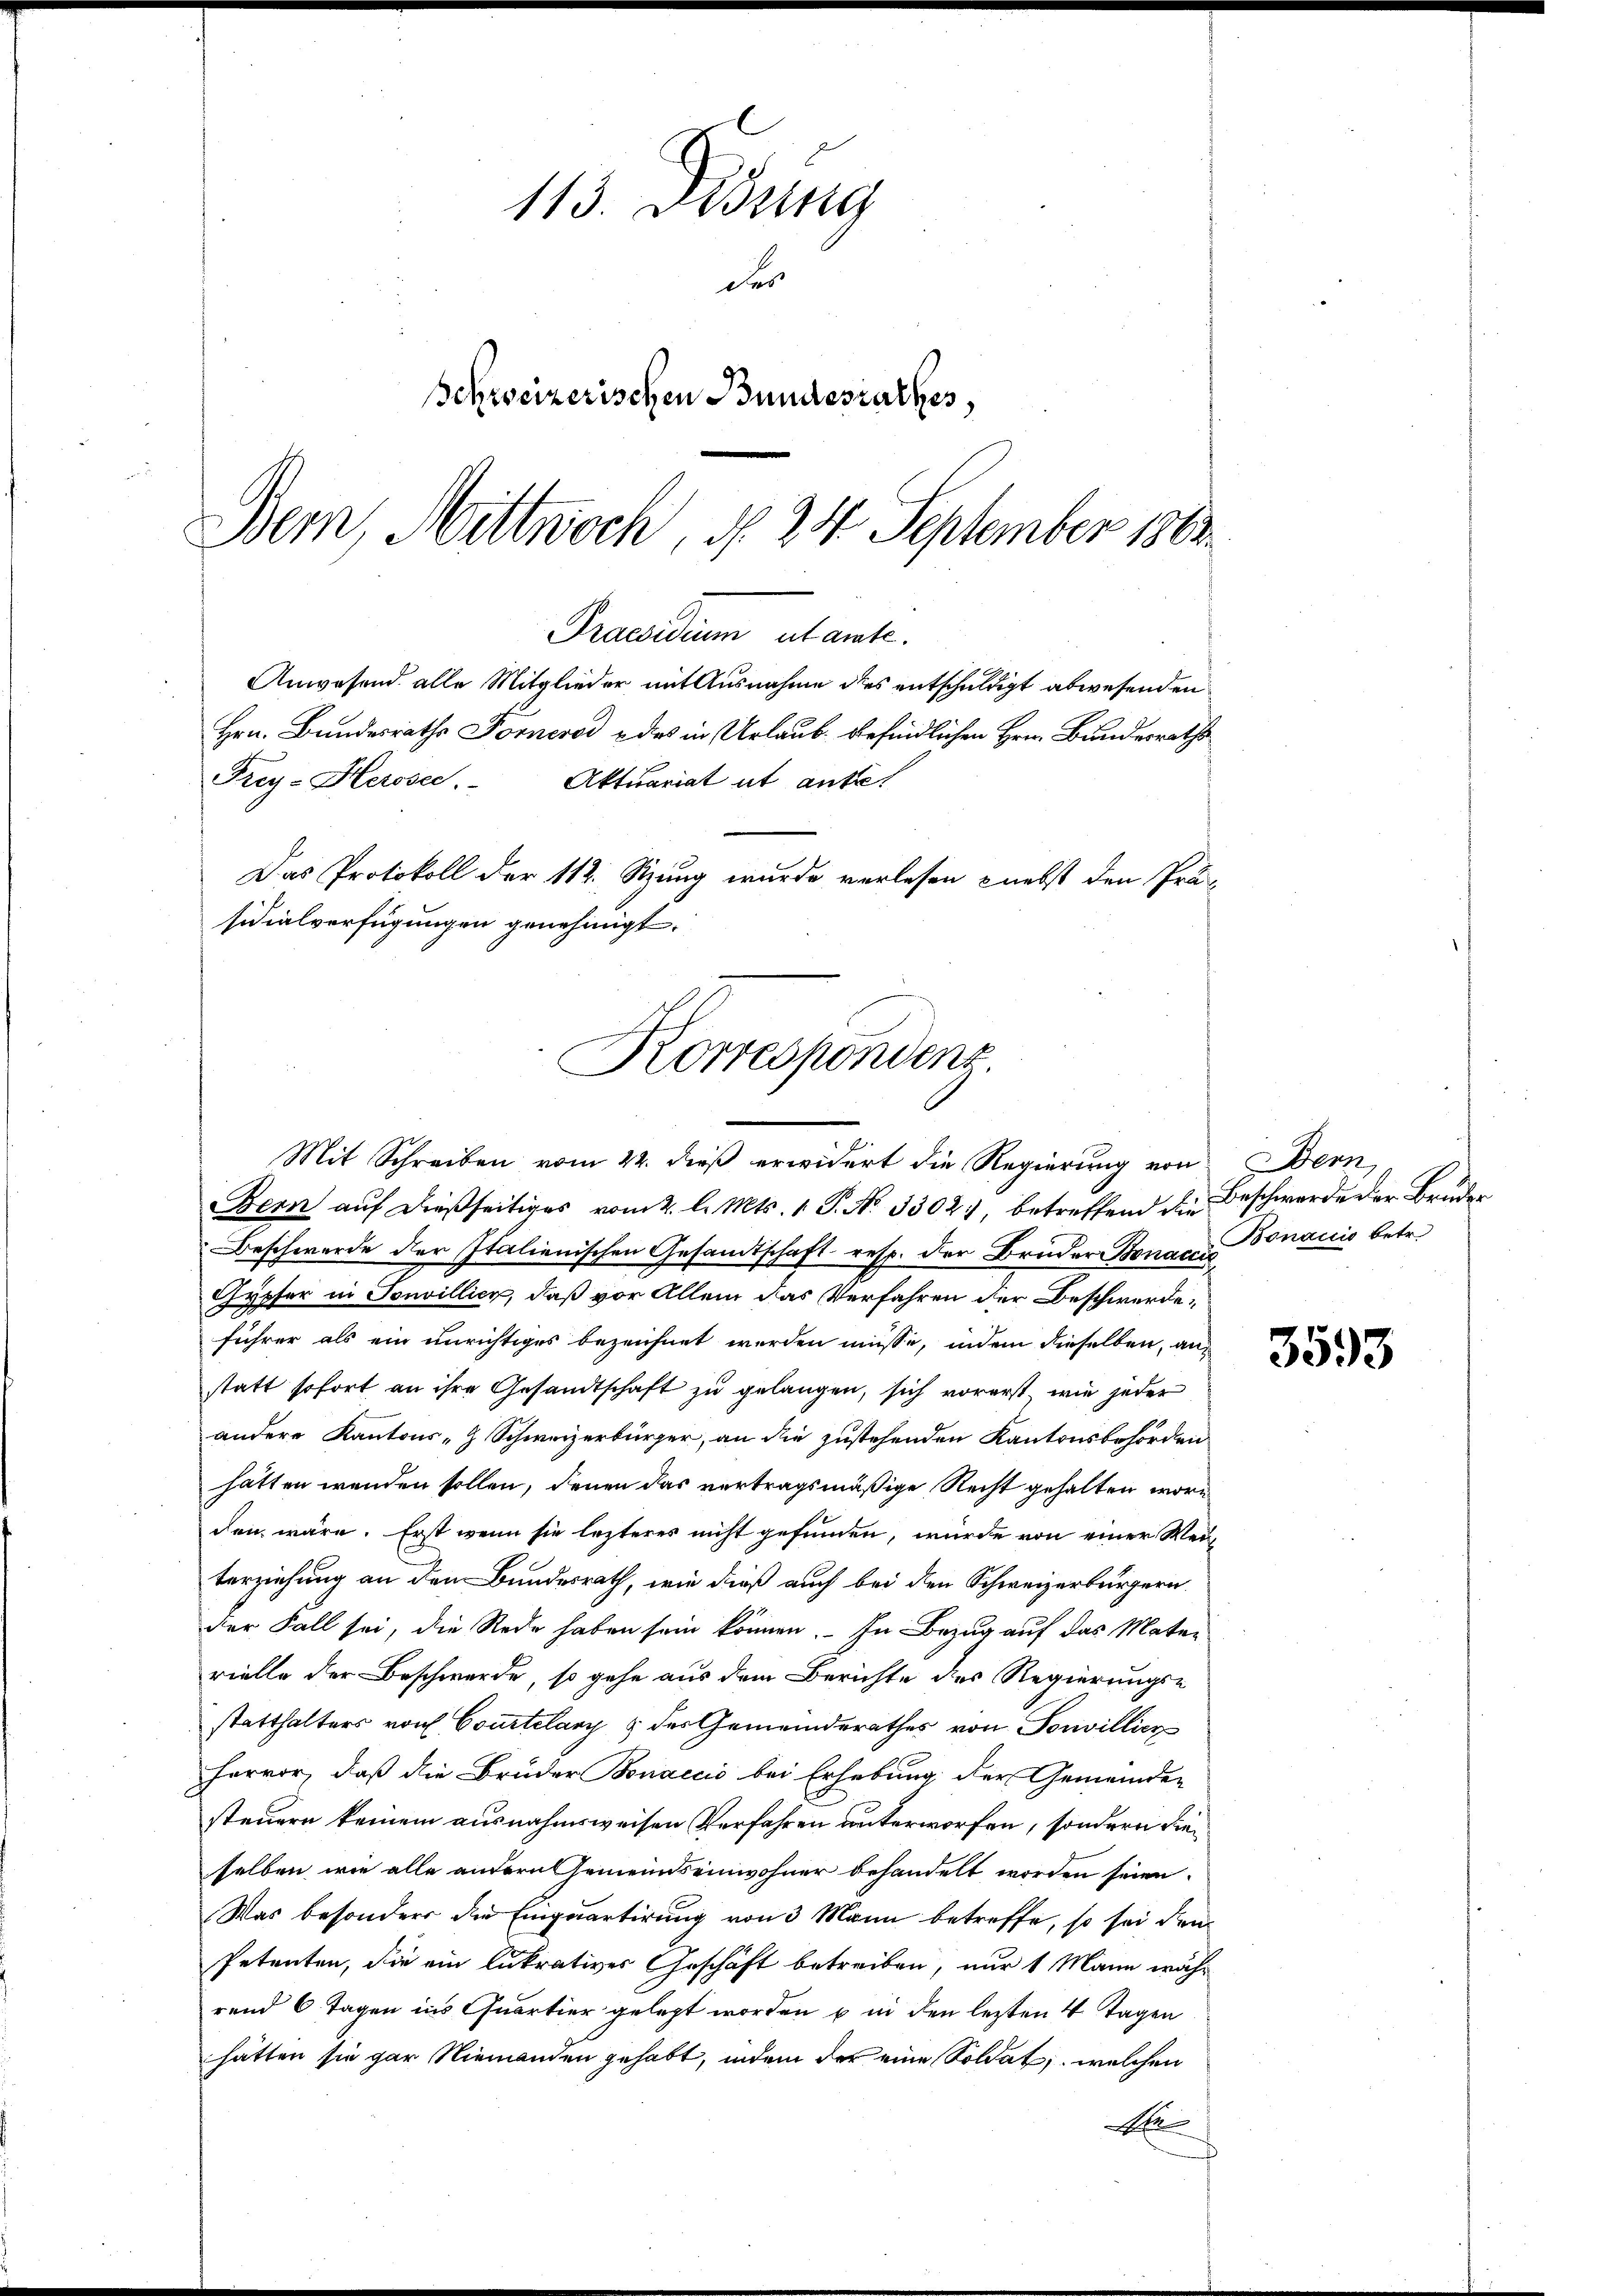
113. Didung
des
Schweizerischen Bundesrathes,
Bem, Mittwoch, § 24 September 1863.

Praesidium utante.
Anwesend alle Mitglieder, mit Ausnahme des entschuldigt abwesenden
Hrn. Bundesraths Fornerod u das in Urlaub befindlichen Hrn. Bundesraths
Frey-Herosee. Aktuariat ut antret
Das Protokoll der 112. Sitzung wurde verlesen nebst den Prä-
sidialverfügungen genehmigt.
Korrespondenz.

Mit Schreiben vom 22. dieß erwidert die Regierung von Bern,
Bern aŭf dießseitiges vom 2. l. Mts. 1. P. Nr. 3302), betreffend die Beschwerde der Bruder
Beschwerde der Italienischen Gesandtschaft resp. der Brüder Bonach Bonavis betr.
Gypfer in Sonvillier, daß vor Allem das Verfahren der Beschwerde,
führer als ein unrichtiges bezeichnet werden müsse, indem dieselben, anstatt sofort an ihre Gesandtschaft zu gelangen, sich vorerst, wie jeder
andere Kantons - Schweizerbürger, an die zustehenden Kantonsbehörden
hatten wenden sollen, denen das vertragsmäßige Recht gehalten wäre
den wäre. Erst wenn sie lezteres nicht gefunden, würde von einer Weiterziehung an den Bundesrath, wie dieß auch bei den Schweizerbürgern
Der Fall sei, die Rede haben sein können. In Bezug auf das Materielle der Beschwerde, so gehe aus dem Berichte des Regierungse
statthalters von Courtelary & des Gemeinderathes von Sonvillien
hervor, daß die Bruder Bonaccis bei Erhebung der Gemeinden
steuern keinem ausnahmsweisen Verfahren unterworfen, sondern dieselben, wie alle andern Gemeindseinwohner behandelt worden seien.
Was besonders die Einquartirung von 3 Mann betreffe, so sei den
Petenten, die ein lukratives Geschäft betreiben, nur 1 Mann währ
rend 6 Tagen ins Quartier gelegt worden u in den lezten 4 Tagen
hätten sie gar Niemanden gehabt, indem der eine Soldat, welchen
N

3593